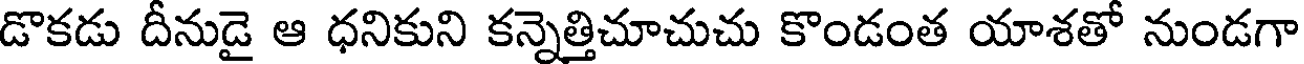
డొకడు దీనుడై ఆ ధనికుని కన్నెత్తిచూచుచు కొండంత యాశతో నుండగా